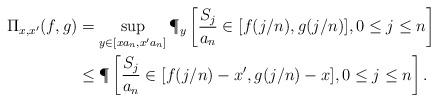
LaTeX: \begin{align*} \Pi_{x, x'}(f,g) &= \sup_{y \in [x a_n, x' a_n]} \P_y\left[ \frac{S_j}{a_n} \in [f(j/n), g(j/n)], 0 \leq j \leq n \right]\\ &\leq \P\left[ \frac{S_j}{a_n} \in [f(j/n)-x', g(j/n)-x], 0 \leq j \leq n \right].\end{align*}